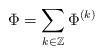
LaTeX: \begin{align*} \Phi=\sum_{k\in \mathbb{Z}}\Phi^{(k)}\end{align*}